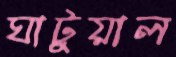
ঘাটুয়াল